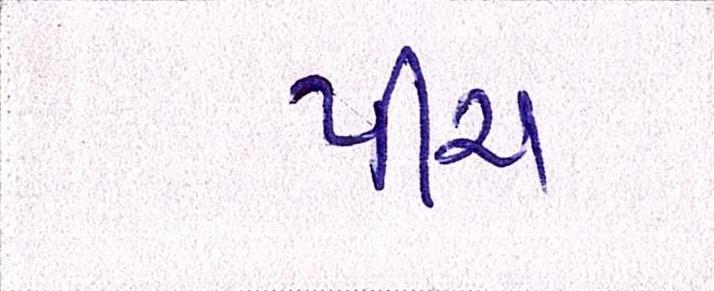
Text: પીચ